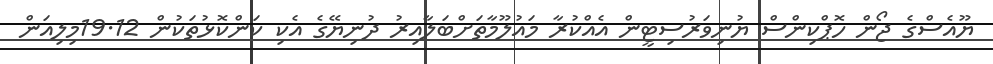
ޔޫއެސްގެ ޖޯން ހޮޕްކިންސް ޔުނިވަރުސިޓީން އެއްކުރާ މައުލޫމާތަށްބަލާއިރު ދުނިޔޭގެ އެކި ކަންކޮޅުތަކުން 19.12މިލިއަން